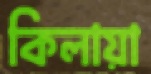
কিলায়া